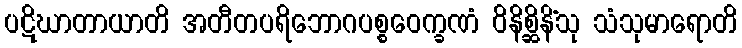
ပဋိဃာတာယာတိ အတီတပရိဘောဂပစ္စဝေက္ခဏံ ဝိနိစ္ဆိနိံသု သံသုမာရောတိ